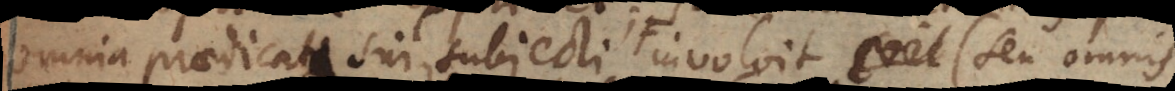
omnia praedicata sui subiecti involvit erit (seu omnis